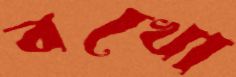
বখো